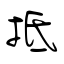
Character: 抵